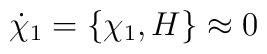
\dot{\chi}_{1}=\left\{  \chi_{1},H\right\}  \approx0